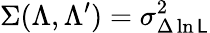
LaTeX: \Sigma(\Lambda,\Lambda^{\prime})=\sigma_{\Delta\ln{\cal\mathsf{L}}}^{2}